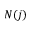
N ( j )